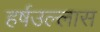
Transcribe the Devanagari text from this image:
हर्षउल्लास